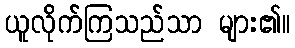
ယူလိုက်ကြသည်သာ များ၏။